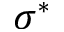
\sigma ^ { * }